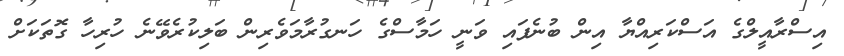
އިސްރާއީލްގެ އަސްކަރިއްޔާ އިން ބުނެފައި ވަނީ ހަމާސްގެ ހަނގުރާމަވެރިން ބަލިކުރެވޭނެ ހުރިހާ ގޮތަކަށް